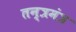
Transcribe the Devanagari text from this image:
तन्त्रमंत्र